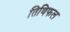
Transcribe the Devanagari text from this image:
तिथिफल